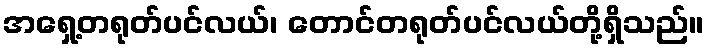
အရှေ့တရုတ်ပင်လယ်၊ တောင်တရုတ်ပင်လယ်တို့ရှိသည်။